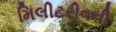
મિલીટરીવની